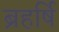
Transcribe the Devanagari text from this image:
ब्रहर्षि